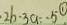
2 b \cdot 3 a = - 5 \textcircled { 1 }